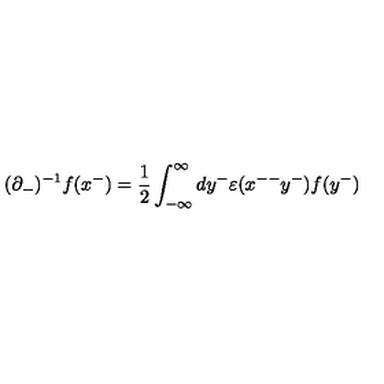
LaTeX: ( { \partial } _ { - } ) ^ { - 1 } f ( x ^ { - } ) = \frac { 1 } { 2 } \int _ { - { \infty } } ^ { \infty } d y ^ { - } { \varepsilon } ( x ^ { -- } y ^ { - } ) f ( y ^ { - } )